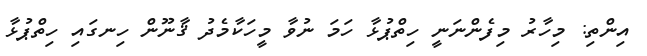
އިންތި: މިހާރު މިފެންނަނީ ހިތްޕުޅާ ހަމަ ނުވާ މީހަކާމެދު ޤާނޫން ހިނގައި ހިތްޕުޅާ